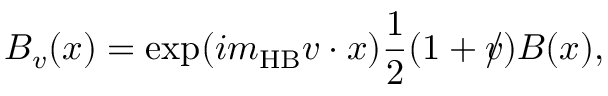
B _ { v } ( x ) = \exp ( i m _ { \mathrm { H B } } v \cdot { x } ) \frac { 1 } { 2 } ( 1 + v \! \! \! / ) B ( x ) ,